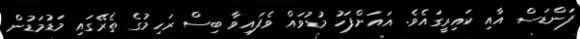
ފަންޑަސް އާއި ކައިރީގައެވެ. އައަށްފަހު މުޑުވައް ވެފައިވާ ބިސް ރަހިމުގެ ތެރޭގައި މަޑުމަޑުން